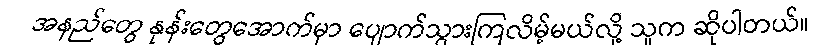
အနည်တွေ နုန်းတွေအောက်မှာ ပျောက်သွားကြလိမ့်မယ်လို့ သူက ဆိုပါတယ်။